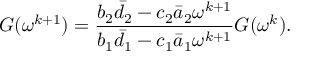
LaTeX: G ( \omega ^ { k + 1 } ) = \frac { b _ { 2 } \bar { d } _ { 2 } - c _ { 2 } \bar { a } _ { 2 } \omega ^ { k + 1 } } { b _ { 1 } \bar { d } _ { 1 } - c _ { 1 } \bar { a } _ { 1 } \omega ^ { k + 1 } } G ( \omega ^ { k } ) .